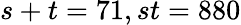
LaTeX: s+t=71,st=880